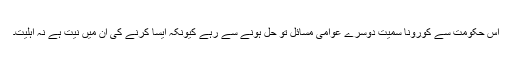
اس حکومت سے کورونا سمیت دوسرے عوامی مسائل تو حل ہونے سے رہے کیونکہ ایسا کرنے کی ان میں نیت ہے نہ اہلیت۔